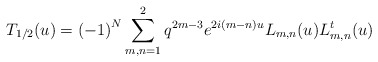
\begin{align*}T_{1/2}(u)={(-1)}^N\displaystyle \sum_{m,n=1}^{2}q^{2m-3}e^{2i(m-n)u}L_{m,n}(u)L^t_{m,n}(u)\end{align*}